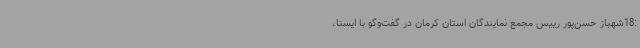
:18شهباز حسن‌پور رییس مجمع نمایندگان استان کرمان در گفت‌وگو با ایسنا،